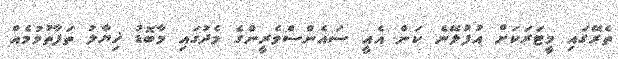
ތެރޭގައި މީޓަރަކަށް އުފުލޭނެ ކަން އެއީ ސައެންސްވެރީންގެ މެދުގައި މާބޮޑު ޚިޔާލު ތަފާތުވުމެއް